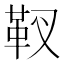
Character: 靫